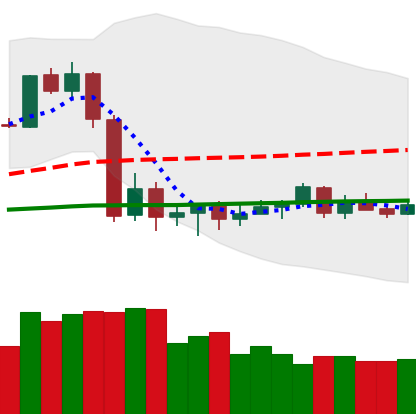
Ticker: LTC-USD
Chart end date: 2020-09-17
Forward return: -8.863%
Label: down_7plus